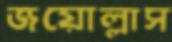
জয়োল্লাস